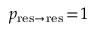
p _ { \mathrm { r e s \to r e s } } \! = \! 1